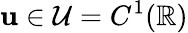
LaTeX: \mathbf{u}\in\mathcal{{U}}=C^{1}(\mathbb{{R}})